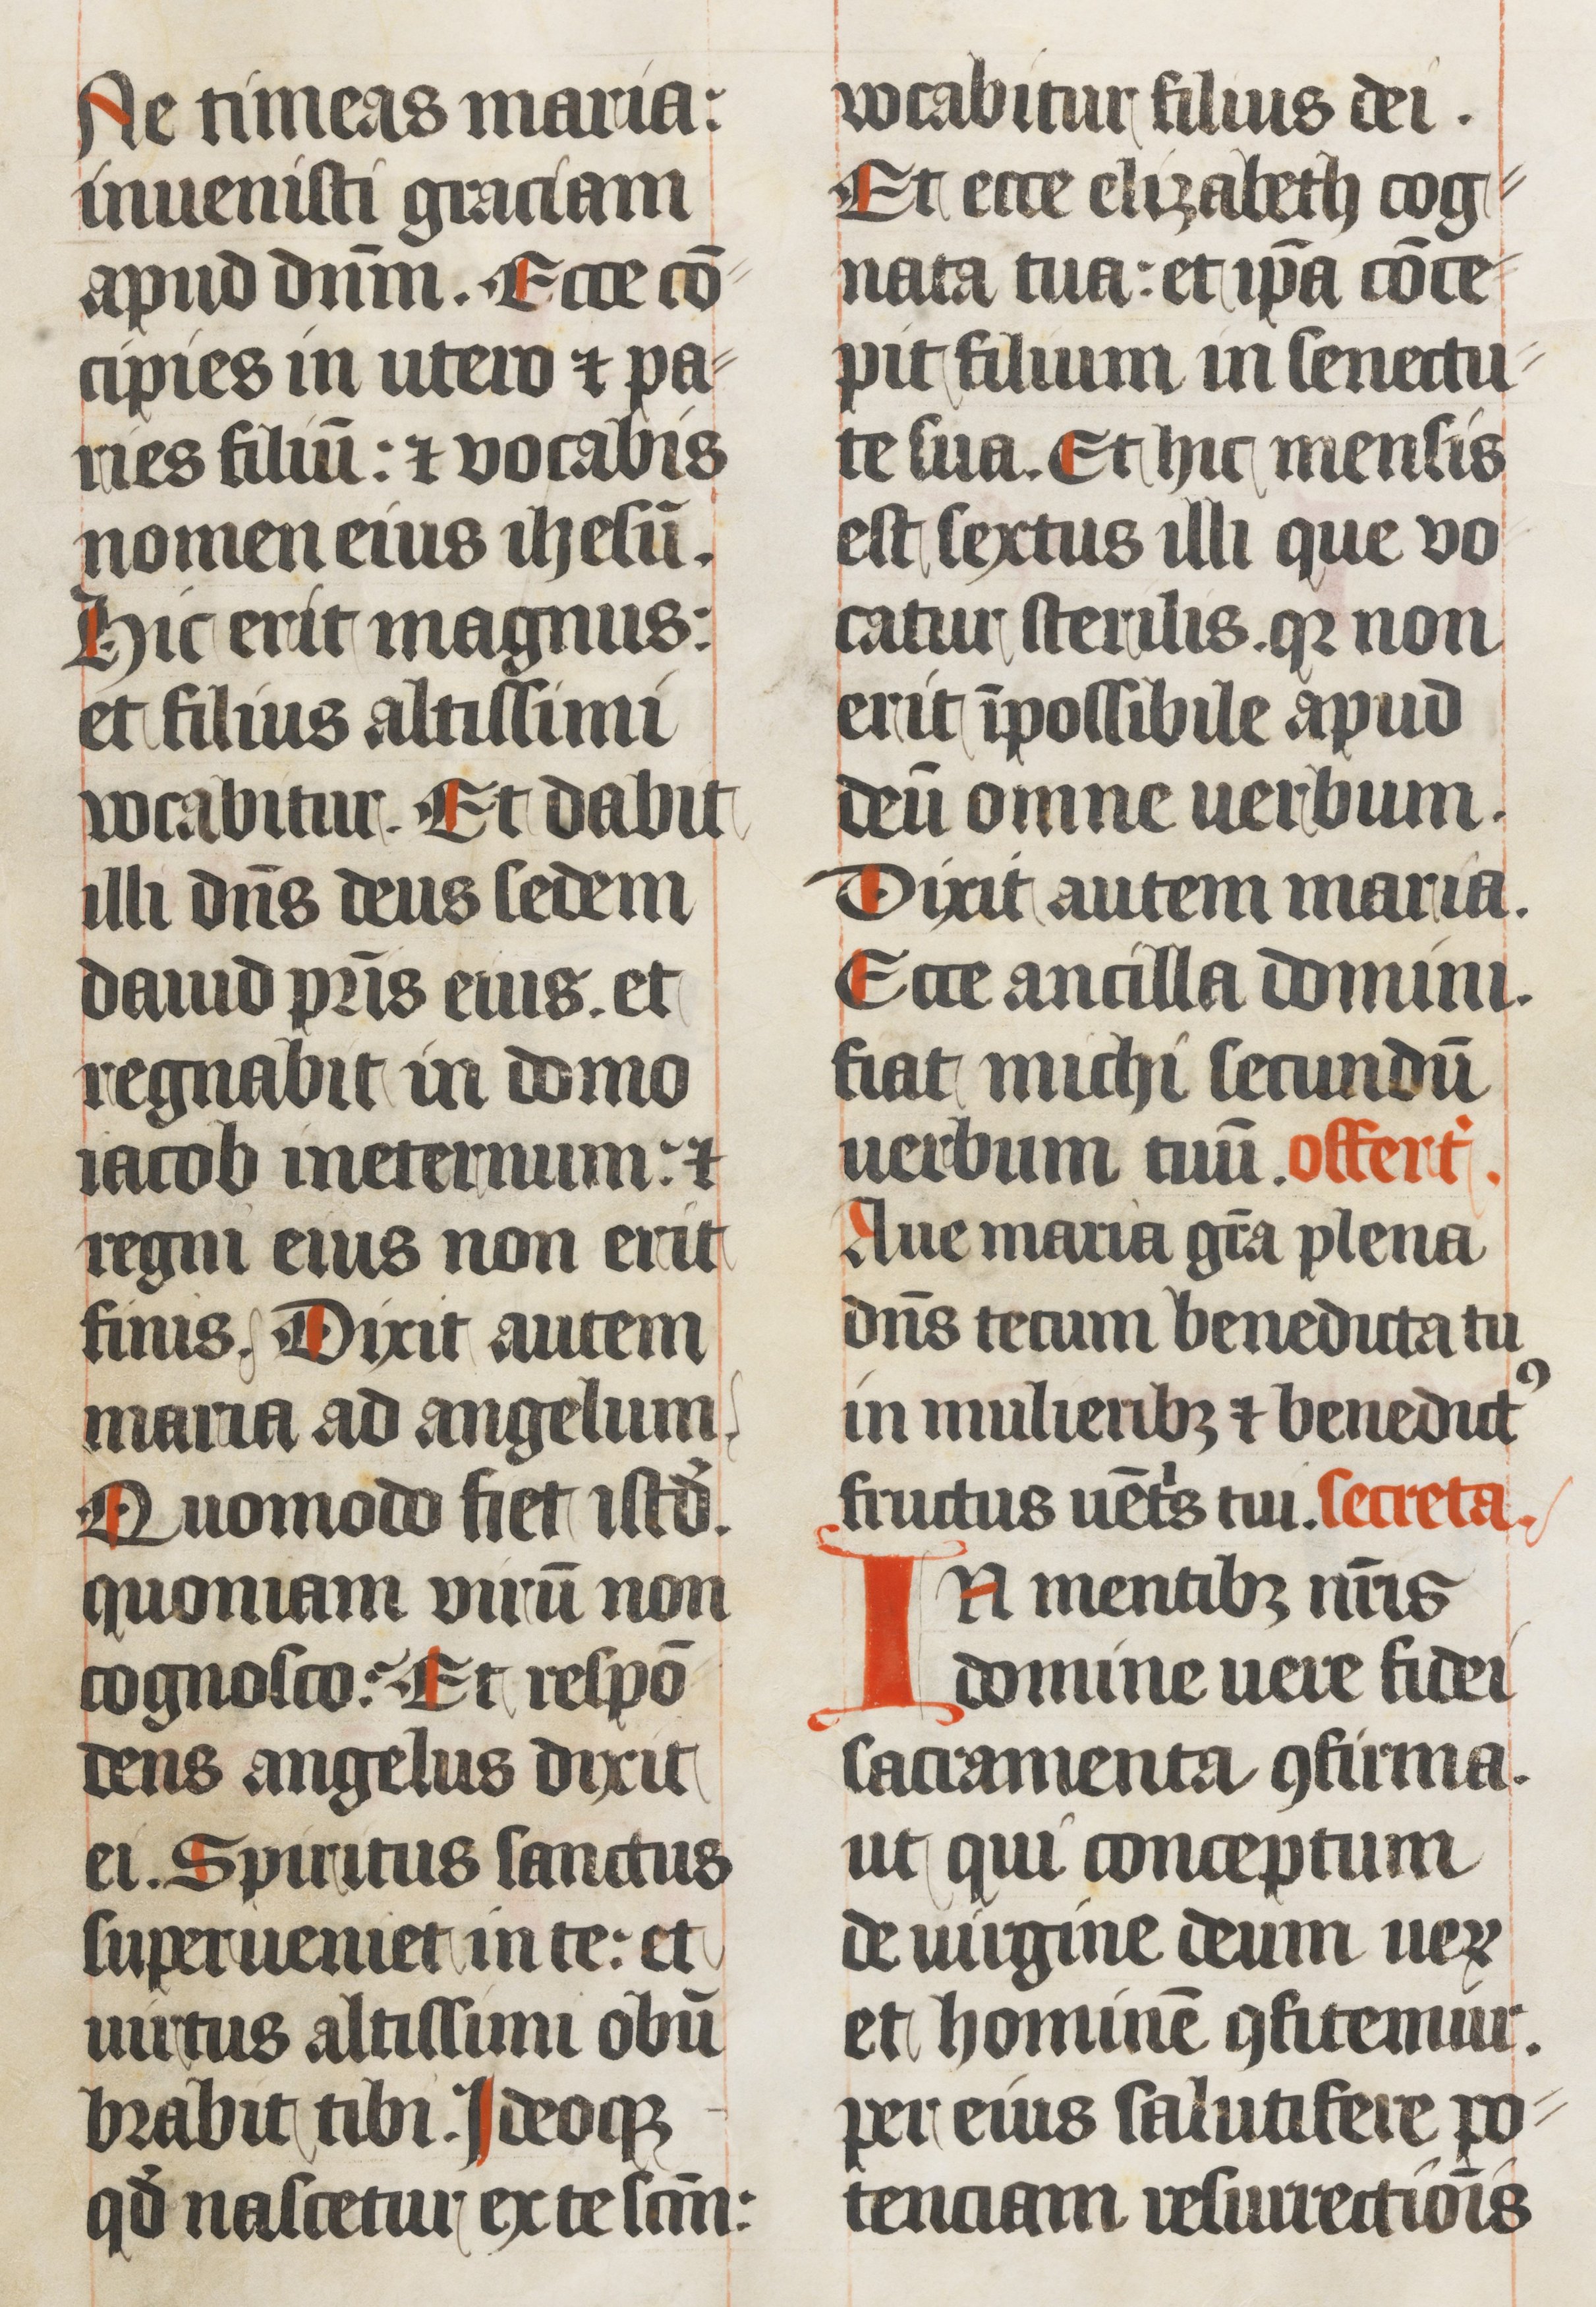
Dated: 1439–1439